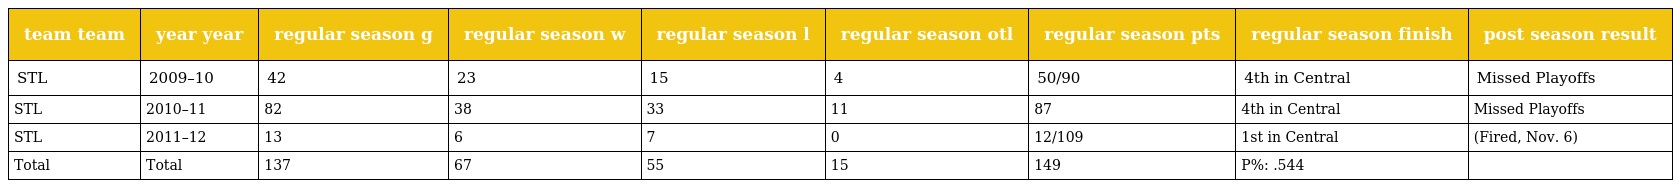
| team team | year year | regular season g | regular season w | regular season l | regular season otl | regular season pts | regular season finish | post season result |
 | --- | --- | --- | --- | --- | --- | --- | --- | --- |
 | STL | 2009–10 | 42 | 23 | 15 | 4 | 50/90 | 4th in Central | Missed Playoffs |
 | STL | 2010–11 | 82 | 38 | 33 | 11 | 87 | 4th in Central | Missed Playoffs |
 | STL | 2011–12 | 13 | 6 | 7 | 0 | 12/109 | 1st in Central | (Fired, Nov. 6) |
 | Total | Total | 137 | 67 | 55 | 15 | 149 | P%: .544 |  |